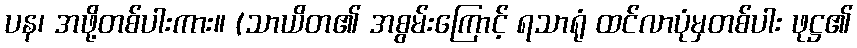
ပန၊ အဖို့တစ်ပါးကား။ (သာယိတ၏ အစွမ်းကြောင့် ရသာရုံ ထင်လာပုံမှတစ်ပါး ဖုဋ္ဌ၏